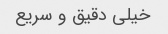
خیلی دقیق و سریع